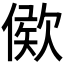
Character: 𣣠